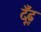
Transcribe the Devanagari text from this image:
दूँढ़